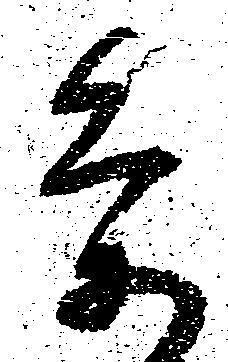
条